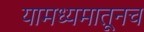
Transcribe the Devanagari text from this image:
यामध्यमातूनच